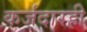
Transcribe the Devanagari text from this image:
कर्जदारही